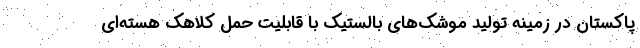
پاکستان در زمینه تولید موشک‌های بالستیک با قابلیت حمل کلاهک هسته‌ای